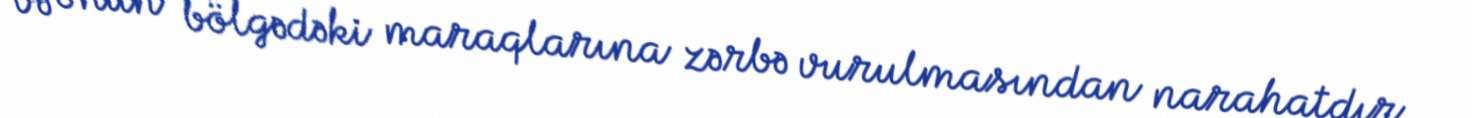
və onun bölgədəki maraqlarına zərbə vurulmasından narahatdır.